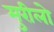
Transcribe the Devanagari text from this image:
मुरीलो